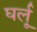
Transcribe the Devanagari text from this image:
घर्लू